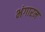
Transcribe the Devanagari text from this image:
भंगारम